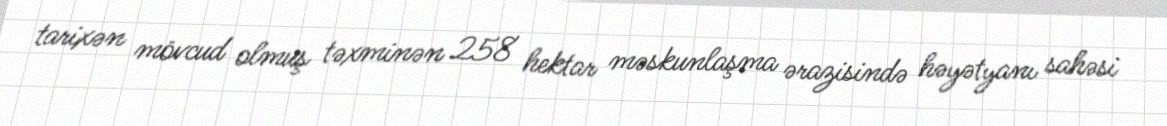
tarixən mövcud olmuş təxminən 258 hektar məskunlaşma ərazisində həyətyanı sahəsi